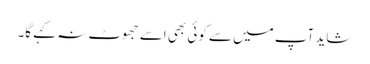
شاید آپ میں سے کوئی بھی اسے جھوٹ نہ کہے گا۔